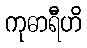
ကုဓာရီဟိ